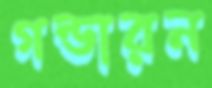
গন্ডারন